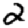
Digit: 2